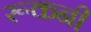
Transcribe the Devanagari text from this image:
रूकनी